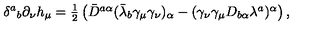
\delta ^ { a } { } _ { b } \partial _ { \nu } h _ { \mu } = \textstyle { \frac { 1 } { 2 } } \left( \bar { D } ^ { a \alpha } ( \bar { \lambda } _ { b } \gamma _ { \mu } \gamma _ { \nu } ) _ { \alpha } - ( \gamma _ { \nu } \gamma _ { \mu } D _ { b \alpha } \lambda ^ { a } ) ^ { \alpha } \right) ,